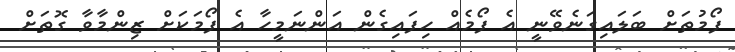
ފޯމުތަށް ބަލައިގަނެވޭނީ އެ ފޯމެއް ހިފައިގެން އަންނަމީހާ އެ ފޯމަކަށް ޒިންމާވާ ގޮތަށް